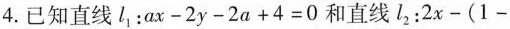
4.已知直线l _ { 1}：$$ax-2y-2a+4=0$$和直线l _ { 2}：$$2x-(1-